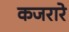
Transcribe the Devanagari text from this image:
कजरारे